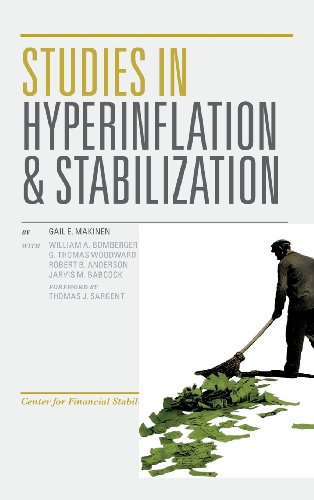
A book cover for Studies in Hyperinflation and Stabilization; Gail E. Makinen; Business & Money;